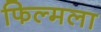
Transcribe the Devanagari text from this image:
फिल्मला